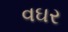
વઘર